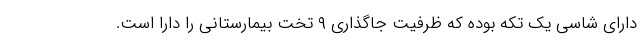
دارای شاسی یک تکه بوده که ظرفیت جاگذاری ۹ تخت بیمارستانی را دارا است.